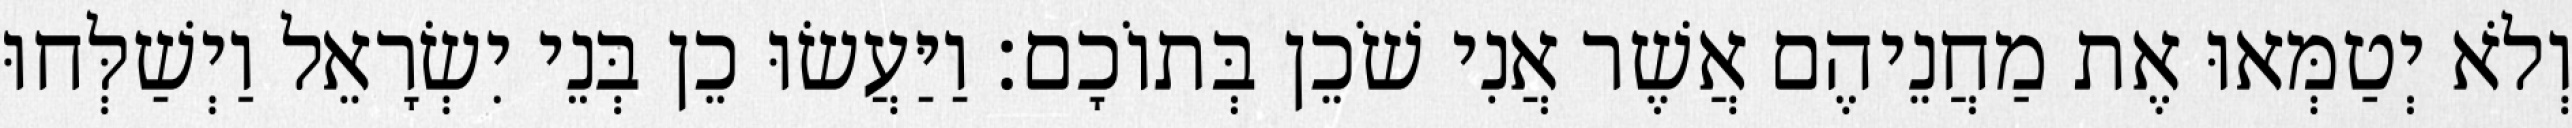
וְלֹא יְטַמְּאוּ אֶת מַחֲנֵיהֶם אֲשֶׁר אֲנִי שֹׁכֵן בְּתוֹכָם׃ וַיַּעֲשׂוּ כֵן בְּנֵי יִשְׂרָאֵל וַיְשַׁלְּחוּ